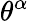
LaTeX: \theta^{\alpha}